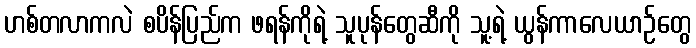
ဟစ်တလာကလဲ စပိန်ပြည်က ဖရန်ကိုရဲ့ သူပုန်တွေဆီကို သူ့ရဲ့ ယွန်ကာလေယာဉ်တွေ